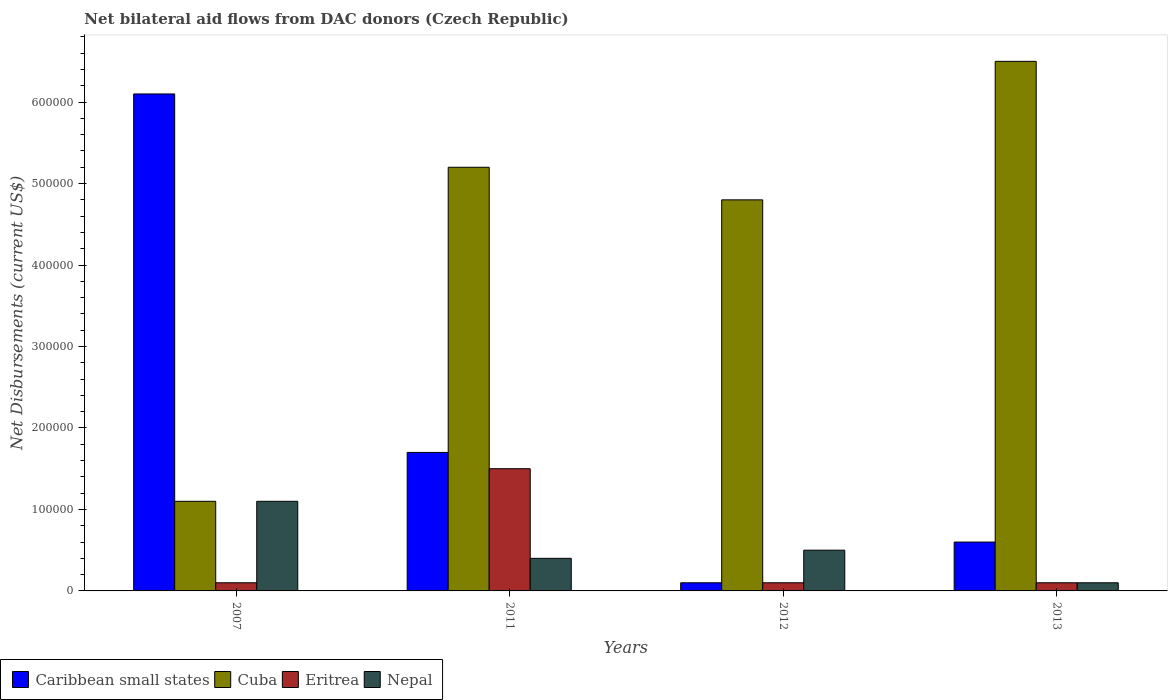
| Years | Caribbean small states | Cuba | Eritrea | Nepal |
 | --- | --- | --- | --- | --- |
 | 2007 | 6.1e+05 | 1.1e+05 | 1e+04 | 1.1e+05 |
 | 2011 | 1.7e+05 | 5.2e+05 | 1.5e+05 | 4e+04 |
 | 2012 | 1e+04 | 4.8e+05 | 1e+04 | 5e+04 |
 | 2013 | 6e+04 | 6.5e+05 | 1e+04 | 1e+04 |